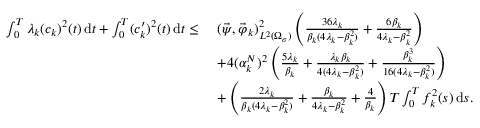
\begin{array} { r l } { \int _ { 0 } ^ { T } \lambda _ { k } ( c _ { k } ) ^ { 2 } ( t ) \, \mathrm d t + \int _ { 0 } ^ { T } ( c _ { k } ^ { \prime } ) ^ { 2 } ( t ) \, \mathrm d t \leq \ } & { ( \vec { \psi } , \vec { \varphi } _ { k } ) _ { L ^ { 2 } ( \Omega _ { \sigma } ) } ^ { 2 } \left( \frac { 3 6 \lambda _ { k } } { \beta _ { k } ( 4 \lambda _ { k } - \beta _ { k } ^ { 2 } ) } + \frac { 6 \beta _ { k } } { 4 \lambda _ { k } - \beta _ { k } ^ { 2 } } \right) } \\ & { + 4 ( \alpha _ { k } ^ { N } ) ^ { 2 } \left( \frac { 5 \lambda _ { k } } { \beta _ { k } } + \frac { \lambda _ { k } \beta _ { k } } { 4 ( 4 \lambda _ { k } - \beta _ { k } ^ { 2 } ) } + \frac { \beta _ { k } ^ { 3 } } { 1 6 ( 4 \lambda _ { k } - \beta _ { k } ^ { 2 } ) } \right) } \\ & { + \left( \frac { 2 \lambda _ { k } } { \beta _ { k } ( 4 \lambda _ { k } - \beta _ { k } ^ { 2 } ) } + \frac { \beta _ { k } } { 4 \lambda _ { k } - \beta _ { k } ^ { 2 } } + \frac { 4 } { \beta _ { k } } \right) T \int _ { 0 } ^ { T } f _ { k } ^ { 2 } ( s ) \, \mathrm d s . } \end{array}